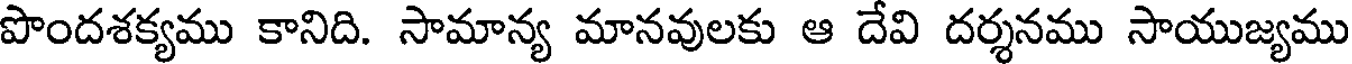
పొందశక్యము కానిది. సామాన్య మానవులకు ఆ దేవి దర్శనము సాయుజ్యము